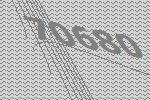
70680